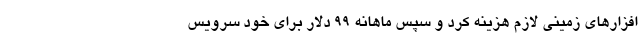
‌افزارهای زمینی لازم هزینه کرد و سپس ماهانه ۹۹ دلار برای خود سرویس